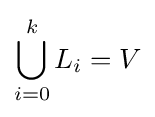
\bigcup _{i=0}^{k}L_{i}=V